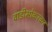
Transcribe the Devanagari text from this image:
वाडीभोकरकर